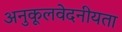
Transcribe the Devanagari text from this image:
अनुकूलवेदनीयता